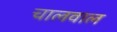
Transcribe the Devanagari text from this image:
चालवाल